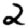
Digit: 2